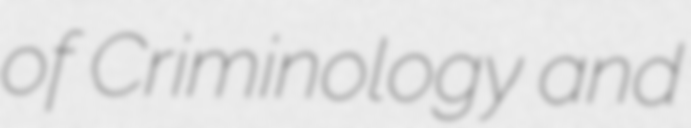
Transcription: of Criminology and